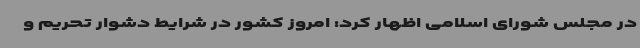
در مجلس شورای اسلامی اظهار کرد: امروز کشور در شرایط دشوار تحریم و